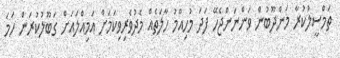
ތަމްސީލުކުރާ މަންދޫބުން ވަންނަންޖެހޭ ފަދަ މުހިއްމު ހާލަތެއް މެދުވެރިވިކަމަށް އަމިއްލައަށް ގަބޫލުކުރަން ހަމަ